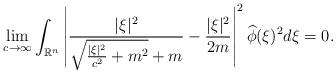
LaTeX: \begin{align*}\lim_{c \rightarrow \infty} \int_{\mathbb{R}^n}\left| \frac{|\xi|^2}{\sqrt{\frac{|\xi|^2}{c^2} +m^2} + m} - \frac{|\xi|^2}{2m} \right|^2 \widehat{\phi} (\xi)^2 d\xi = 0.\end{align*}